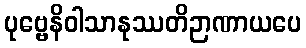
ပုဗ္ဗေနိဝါသာနုဿတိဉာဏာယပေ